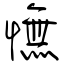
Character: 憮